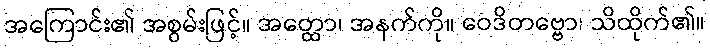
အကြောင်း၏ အစွမ်းဖြင့်။ အတ္ထော၊ အနက်ကို။ ဝေဒိတဗ္ဗော၊ သိထိုက်၏။